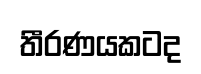
තීරණයකටද